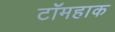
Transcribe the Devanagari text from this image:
टॉमहाक